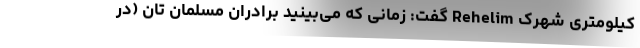
کیلومتری شهرک Rehelim گفت: زمانی که می‌بینید برادران مسلمان تان (در